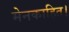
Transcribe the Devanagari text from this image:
मेनकाहित।